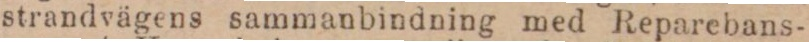
strandvägens sammanbindning med Reparebans-